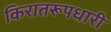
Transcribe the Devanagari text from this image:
किरातरूपधारी